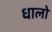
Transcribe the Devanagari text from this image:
धालो